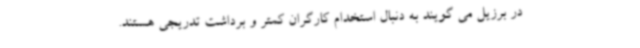
در برزیل می گویند به دنبال استخدام کارگران کمتر و برداشت تدریجی هستند.